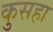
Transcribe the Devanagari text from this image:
कुसहा